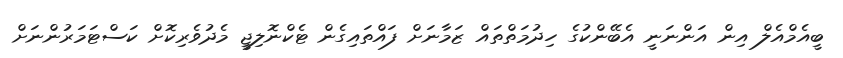
ބީއެމްއެލް އިން އަންނަނީ އެބޭންކުގެ ހިދުމަތްތައް ޒަމާނަށް ފައްތައިގެން ޓެކްނޮލިޖީ މެދުވެރިކޮށް ކަސްޓަމަރުންނަށް